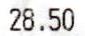
28.50